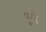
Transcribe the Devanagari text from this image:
पूगों